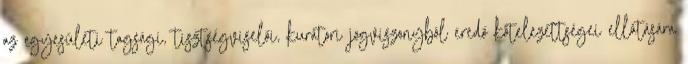
az egyesületi tagsági, tisztségviselői, kurátori jogviszonyból eredő kötelezettségei ellátására